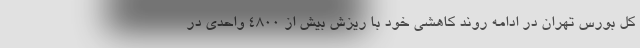
کل بورس تهران در ادامه روند کاهشی خود با ریزش بیش از 4800 واحدی در